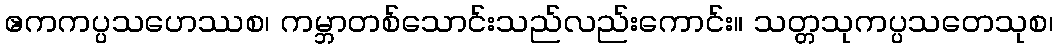
ဧကကပ္ပသဟေဿစ၊ ကမ္ဘာတစ်သောင်းသည်လည်းကောင်း။ သတ္တသုကပ္ပသတေသုစ၊